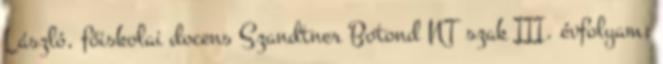
László, főiskolai docens Szandtner Botond NT szak III. évfolyam;